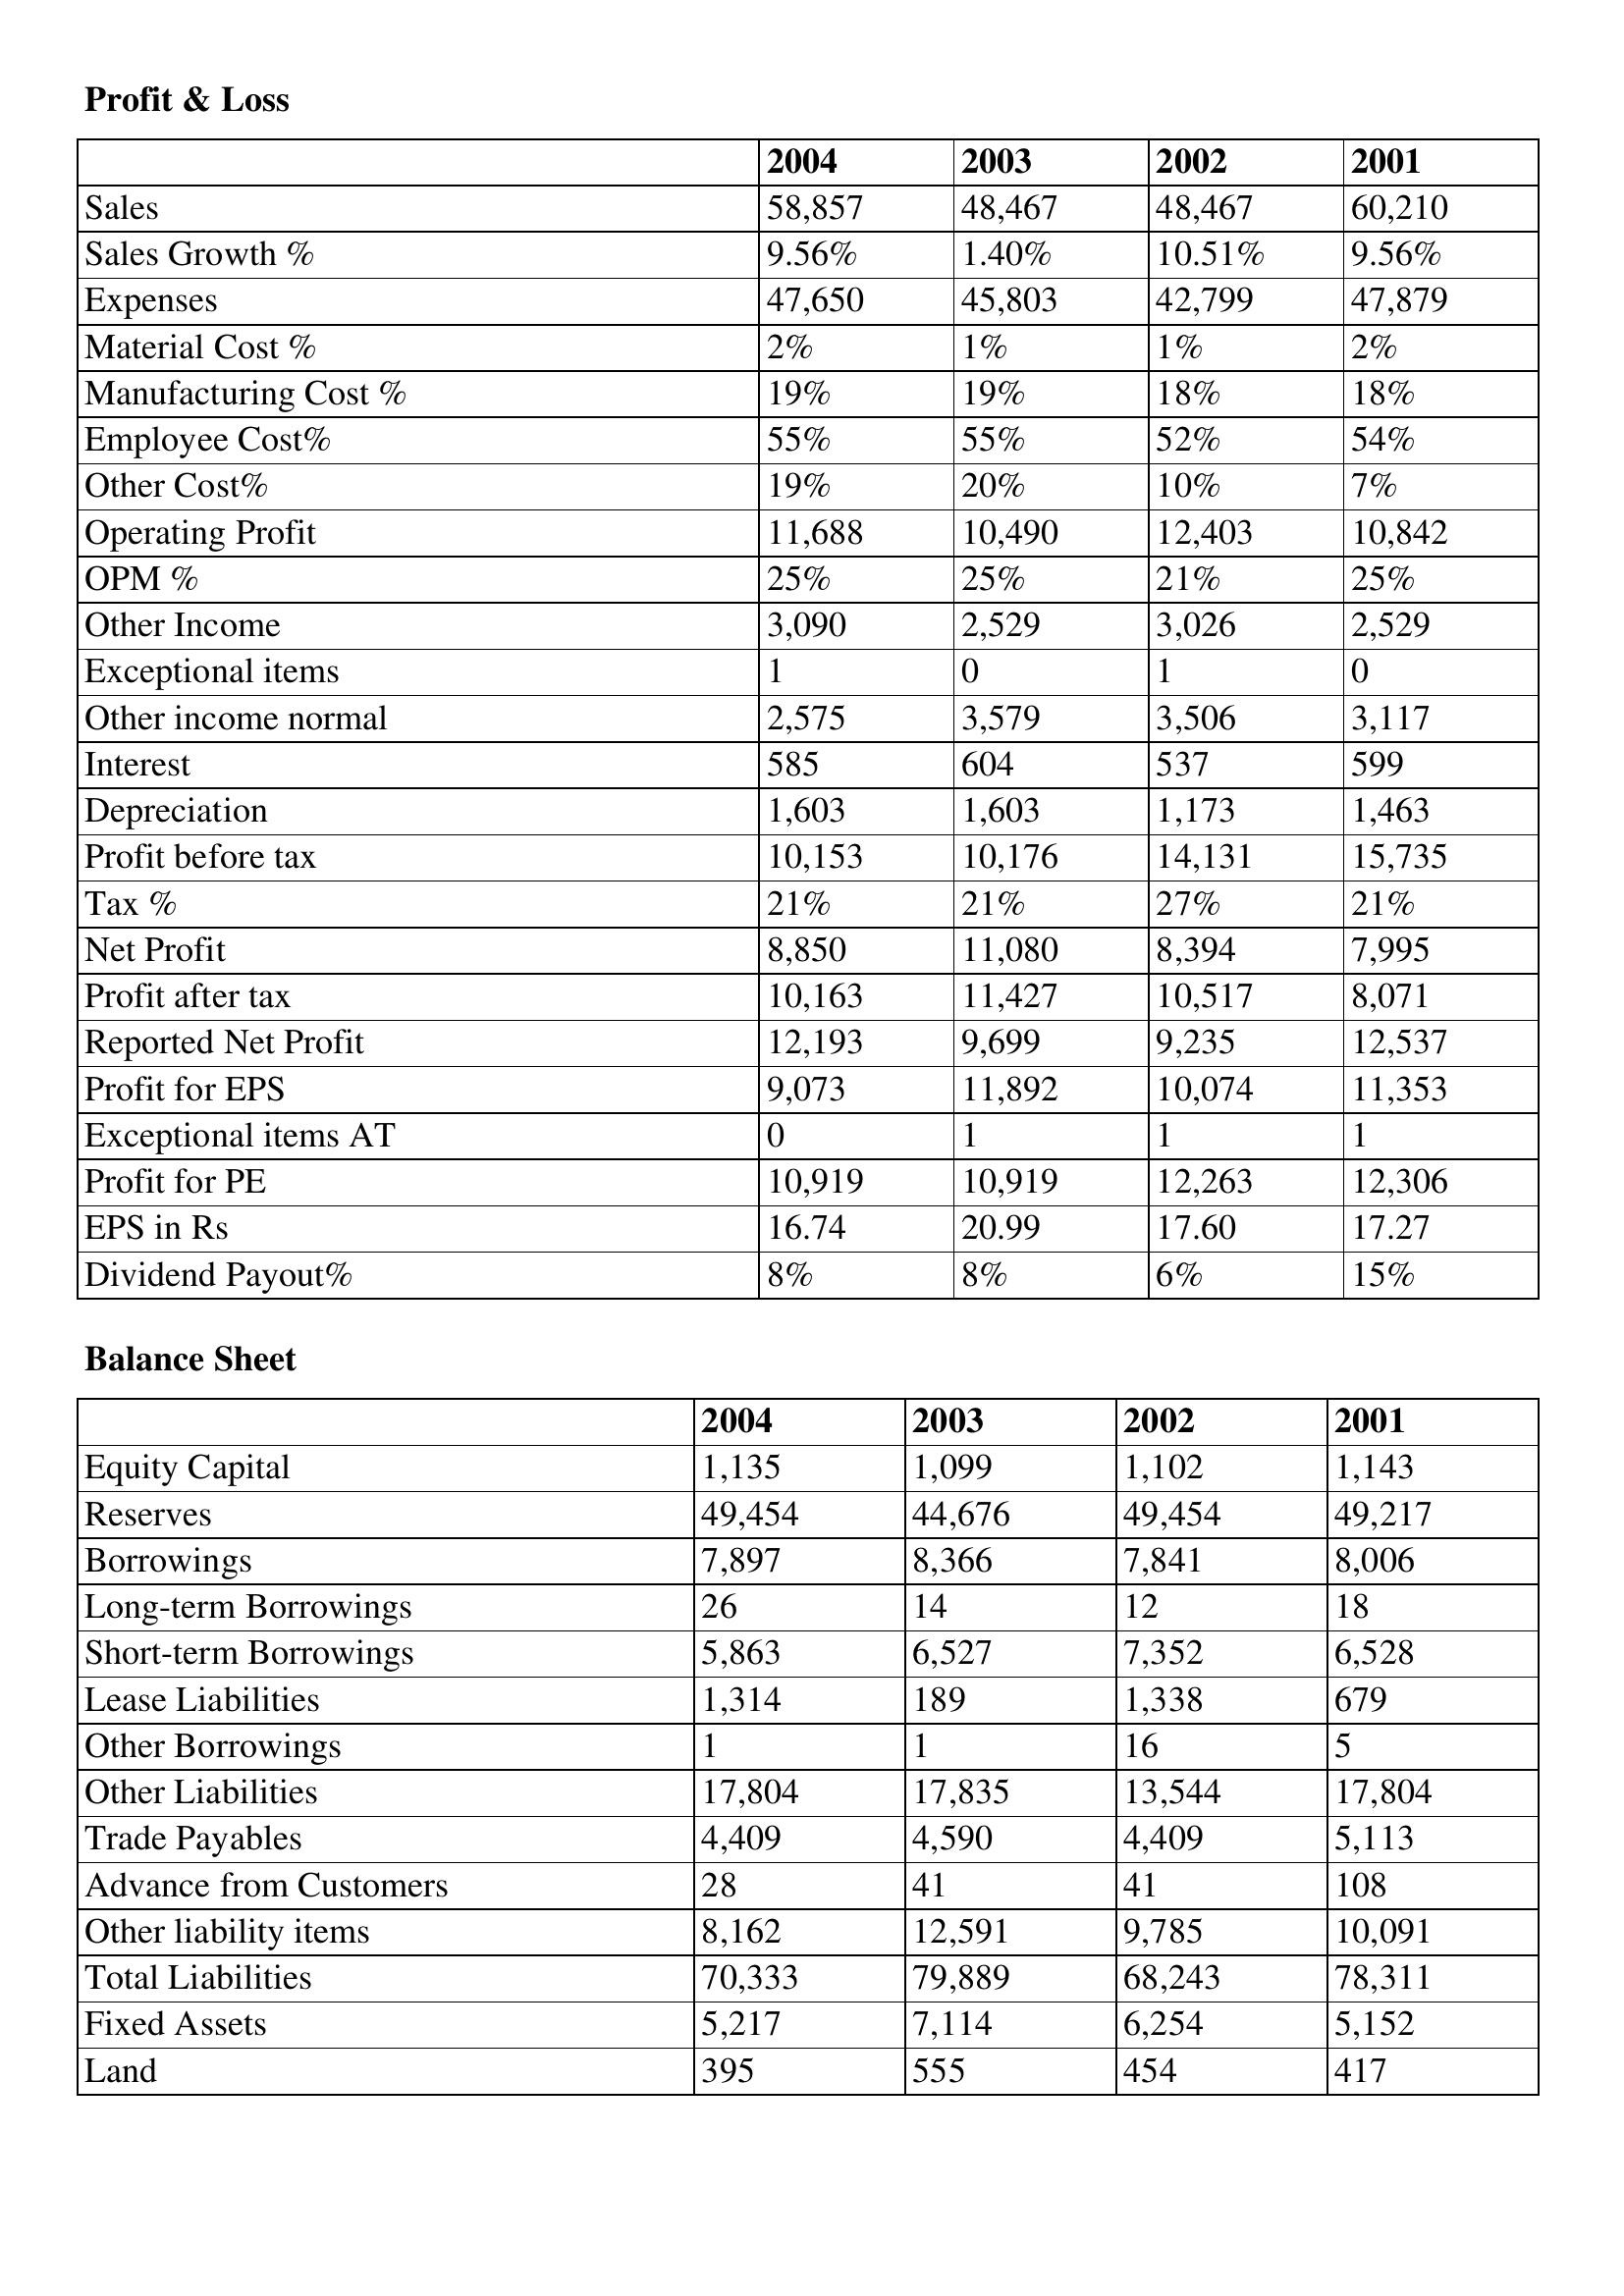
gt_parse: 2004: Profit & Loss: Sales: 58,857
Sales Growth %: 9.56%
Expenses: 47,650
Material Cost %: 2%
Manufacturing Cost %: 19%
Employee Cost%: 55%
Other Cost%: 19%
Operating Profit: 11,688
OPM %: 25%
Other Income: 3,090
Exceptional items: 1
Other income normal: 2,575
Interest: 585
Depreciation: 1,603
Profit before tax: 10,153
Tax %: 21%
Net Profit: 8,850
Profit after tax: 10,163
Reported Net Profit: 12,193
Profit for EPS: 9,073
Exceptional items AT: 0
Profit for PE: 10,919
EPS in Rs: 16.74
Dividend Payout%: 8%
Balance Sheet: Equity Capital: 1,135
Reserves: 49,454
Borrowings: 7,897
Long-term Borrowings: 26
Short-term Borrowings: 5,863
Lease Liabilities: 1,314
Other Borrowings: 1
Other Liabilities: 17,804
Trade Payables: 4,409
Advance from Customers: 28
Other liability items: 8,162
Total Liabilities: 70,333
Fixed Assets: 5,217
Land: 395
2003: Profit & Loss: Sales: 48,467
Sales Growth %: 1.40%
Expenses: 45,803
Material Cost %: 1%
Manufacturing Cost %: 19%
Employee Cost%: 55%
Other Cost%: 20%
Operating Profit: 10,490
OPM %: 25%
Other Income: 2,529
Exceptional items: 0
Other income normal: 3,579
Interest: 604
Depreciation: 1,603
Profit before tax: 10,176
Tax %: 21%
Net Profit: 11,080
Profit after tax: 11,427
Reported Net Profit: 9,699
Profit for EPS: 11,892
Exceptional items AT: 1
Profit for PE: 10,919
EPS in Rs: 20.99
Dividend Payout%: 8%
Balance Sheet: Equity Capital: 1,099
Reserves: 44,676
Borrowings: 8,366
Long-term Borrowings: 14
Short-term Borrowings: 6,527
Lease Liabilities: 189
Other Borrowings: 1
Other Liabilities: 17,835
Trade Payables: 4,590
Advance from Customers: 41
Other liability items: 12,591
Total Liabilities: 79,889
Fixed Assets: 7,114
Land: 555
2002: Profit & Loss: Sales: 48,467
Sales Growth %: 10.51%
Expenses: 42,799
Material Cost %: 1%
Manufacturing Cost %: 18%
Employee Cost%: 52%
Other Cost%: 10%
Operating Profit: 12,403
OPM %: 21%
Other Income: 3,026
Exceptional items: 1
Other income normal: 3,506
Interest: 537
Depreciation: 1,173
Profit before tax: 14,131
Tax %: 27%
Net Profit: 8,394
Profit after tax: 10,517
Reported Net Profit: 9,235
Profit for EPS: 10,074
Exceptional items AT: 1
Profit for PE: 12,263
EPS in Rs: 17.60
Dividend Payout%: 6%
Balance Sheet: Equity Capital: 1,102
Reserves: 49,454
Borrowings: 7,841
Long-term Borrowings: 12
Short-term Borrowings: 7,352
Lease Liabilities: 1,338
Other Borrowings: 16
Other Liabilities: 13,544
Trade Payables: 4,409
Advance from Customers: 41
Other liability items: 9,785
Total Liabilities: 68,243
Fixed Assets: 6,254
Land: 454
2001: Profit & Loss: Sales: 60,210
Sales Growth %: 9.56%
Expenses: 47,879
Material Cost %: 2%
Manufacturing Cost %: 18%
Employee Cost%: 54%
Other Cost%: 7%
Operating Profit: 10,842
OPM %: 25%
Other Income: 2,529
Exceptional items: 0
Other income normal: 3,117
Interest: 599
Depreciation: 1,463
Profit before tax: 15,735
Tax %: 21%
Net Profit: 7,995
Profit after tax: 8,071
Reported Net Profit: 12,537
Profit for EPS: 11,353
Exceptional items AT: 1
Profit for PE: 12,306
EPS in Rs: 17.27
Dividend Payout%: 15%
Balance Sheet: Equity Capital: 1,143
Reserves: 49,217
Borrowings: 8,006
Long-term Borrowings: 18
Short-term Borrowings: 6,528
Lease Liabilities: 679
Other Borrowings: 5
Other Liabilities: 17,804
Trade Payables: 5,113
Advance from Customers: 108
Other liability items: 10,091
Total Liabilities: 78,311
Fixed Assets: 5,152
Land: 417